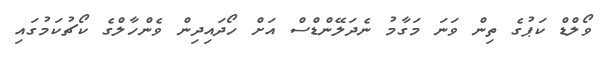
ވޯލްޑް ކަޕުގެ ތިން ވަނަ މަގާމު ނެދަލޭންޑްސް އަށް ހޯދައިދިން ވެންހާލްގެ ކޯޗުކަމުގައި